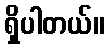
ရှိပါတယ်။